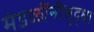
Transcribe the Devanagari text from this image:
मंडळींनीसुद्धा